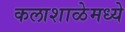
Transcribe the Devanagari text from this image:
कलाशाळेमध्ये